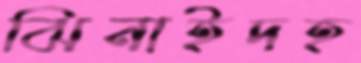
ঝিনাইদহ